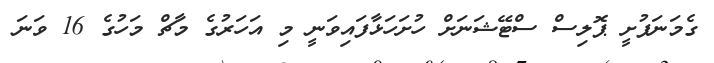
ގެމަނަފުށީ ޕޮލިސް ސްޓޭޝަނަށް ހުށަހަޅާފައިވަނީ މި އަހަރުގެ މާޗް މަހުގެ 16 ވަނަ